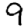
Digit: 9